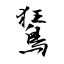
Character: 鵟